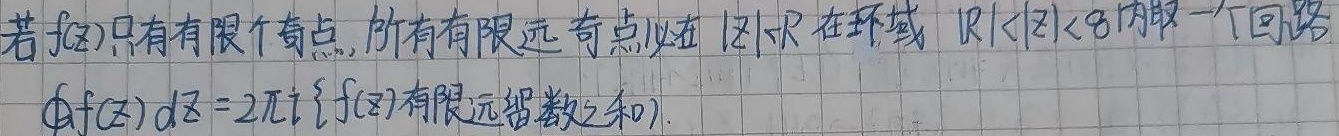
若\(f(z)\)只有有限个奇点，所有有限远奇点必在\(|z|\lt R\)。在环域\(|R_{1}|\lt|z|\lt |R_{2}|\)内取一个回路
\[\oint f(z) dz = 2\pi i \{f(z)\text{有限远留数之和}\}.\]